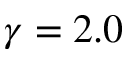
\gamma = 2 . 0